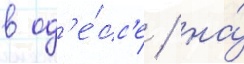
в од'е́сс'е / на́